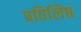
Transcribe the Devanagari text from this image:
प्रतिलिप्त